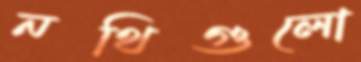
নথিগুলো